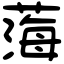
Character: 𦷫